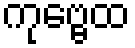
ကုဗ္ဗေထ